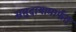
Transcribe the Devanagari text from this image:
समुदायामार्फत